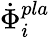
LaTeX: \dot{\Phi}_{i}^{pla}